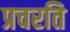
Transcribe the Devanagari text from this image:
प्रचरति